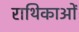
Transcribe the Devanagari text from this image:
राथिकाओं